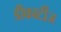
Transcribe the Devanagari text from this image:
डीकार्टीज